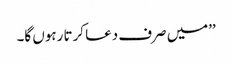
’’میں صرف دعا کرتا رہوں گا۔